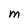
Character: M